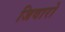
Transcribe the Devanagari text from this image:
जिवारो